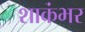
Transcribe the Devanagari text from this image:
शाकंभर